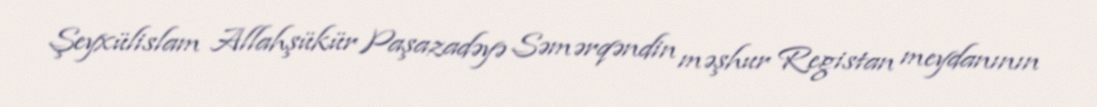
Şeyxülislam Allahşükür Paşazadəyə Səmərqəndin məşhur Registan meydanının